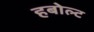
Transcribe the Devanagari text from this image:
हबोल्ट